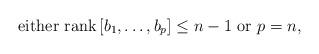
LaTeX: \begin{align*}{\rm either}~ {\rm rank}\left[b_{1},\ldots,b_{p}\right]\leq n-1~{\rm or}~ p=n,\end{align*}